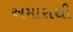
અમારાથી